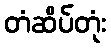
တံဆိပ်တုံး